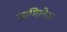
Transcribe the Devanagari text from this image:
सागिलेरू